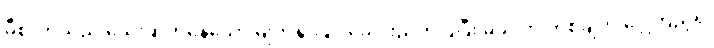
မီစာတိုသည် သွေးဆုတ်နေသော မျက်နှာဖြင့် ခေါင်းညိတ်ပြပြီး မိခင်ကို တစ်ချက် ဝေ့ကြည့်၍